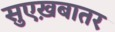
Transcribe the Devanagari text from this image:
सुएख़बातर